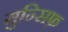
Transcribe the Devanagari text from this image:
मुन्सिफ़